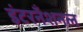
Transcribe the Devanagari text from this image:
इंटरनँशनल